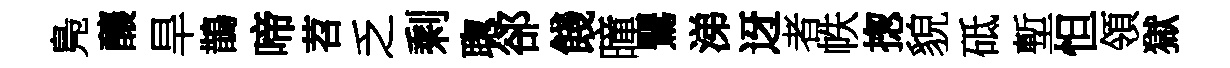
鳬釀旱鵲啼苕乏剩聦郤餞曈鸎涕迓者帙揔貌砥塹怛領獄